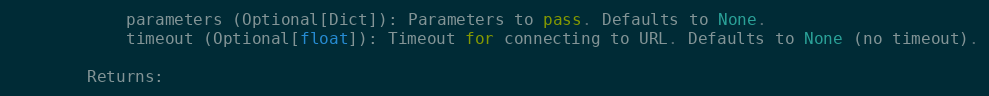
Language: Python
            parameters (Optional[Dict]): Parameters to pass. Defaults to None.
            timeout (Optional[float]): Timeout for connecting to URL. Defaults to None (no timeout).

        Returns: